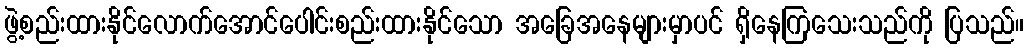
ဖွဲ့စည်းထားနိုင်လောက်အောင်ပေါင်းစည်းထားနိုင်သော အခြေအနေများမှာပင် ရှိနေကြသေးသည်ကို ပြသည်။